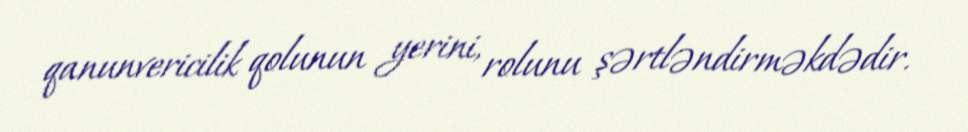
qanunvericilik qolunun yerini, rolunu şərtləndirməkdədir.